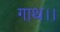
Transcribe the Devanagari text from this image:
गाथ।।